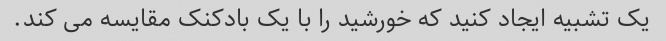
یک تشبیه ایجاد کنید که خورشید را با یک بادکنک مقایسه می کند.